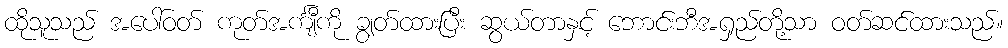
ထိုသူသည် အပေါ်ဝတ် ကုတ်အင်္ကျီကို ချွတ်ထားပြီး ဆွယ်တာနှင့် ဘောင်းဘီအရှည်တို့သာ ဝတ်ဆင်ထားသည်။